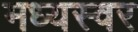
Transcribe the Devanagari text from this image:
मध्यस्वर